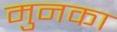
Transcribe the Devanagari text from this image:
मुनका